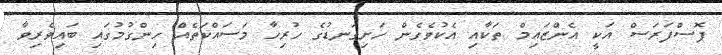
ފޮސްފަރަސް އަކީ އެންޒައިމް ތަކާއި އެކުވެގެން ހަށިގަނޑުގެ ހުރިހާ މަސައްކަތެއް ހިންގުމުގައި ބައިވެރިވާ